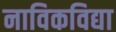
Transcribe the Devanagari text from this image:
नाविकविद्या